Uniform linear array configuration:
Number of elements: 4
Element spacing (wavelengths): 1
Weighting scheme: hann
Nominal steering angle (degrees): -45
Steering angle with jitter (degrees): -46.953
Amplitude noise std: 0.05
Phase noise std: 0.05

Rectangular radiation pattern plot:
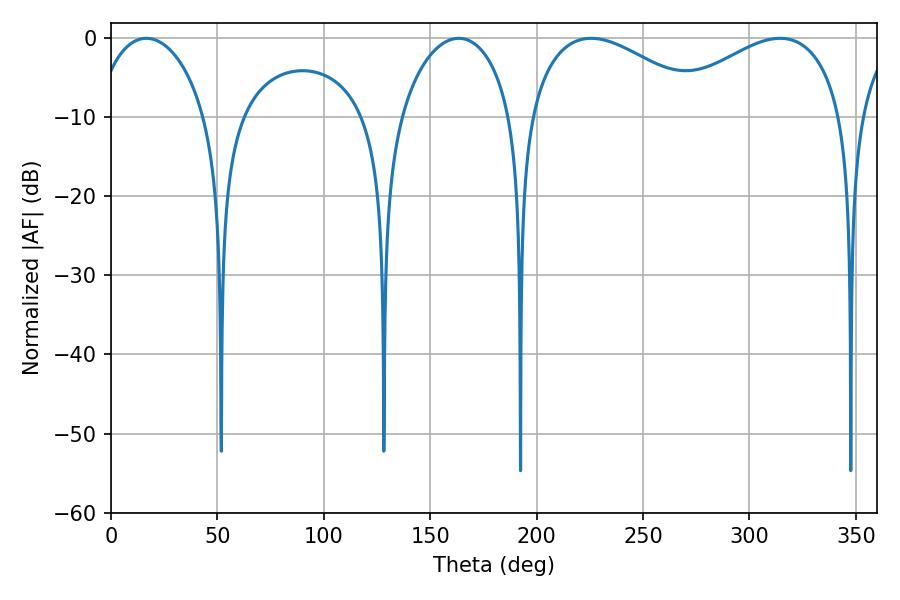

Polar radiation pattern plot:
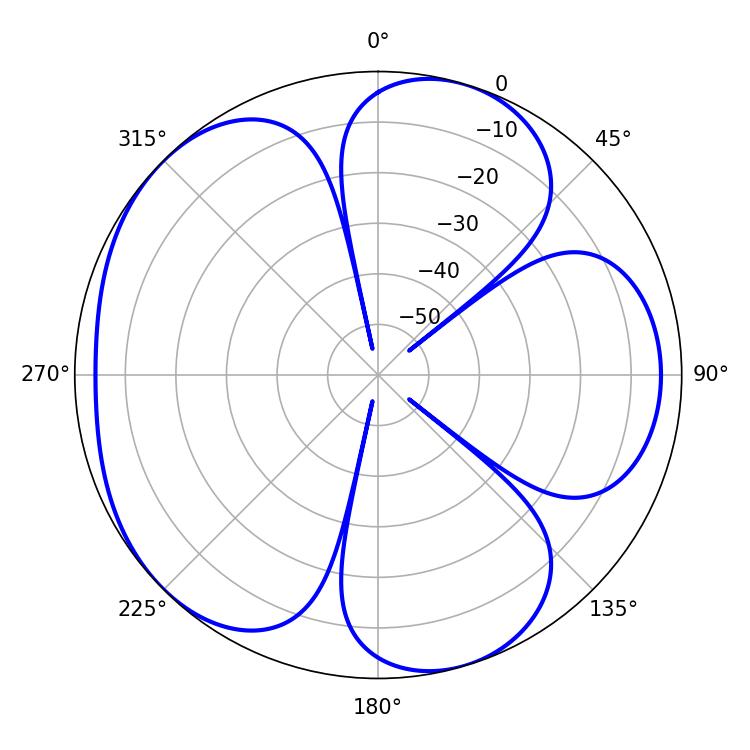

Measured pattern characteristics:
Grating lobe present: TRUE
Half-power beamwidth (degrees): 30.06
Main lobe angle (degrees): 16.56